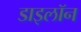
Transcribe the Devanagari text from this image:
डाइलॉन